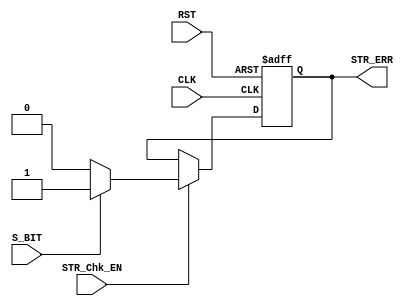
module RX_StartCheck (
 input  wire S_BIT,
 input  wire STR_Chk_EN,
 input  wire CLK,RST,
 output reg  STR_ERR
 );
 localparam START_BIT = 1'b0 ;
 
 always @ (posedge CLK, negedge RST)
  begin
   if(!RST)
    STR_ERR <= 0 ;
   else if(STR_Chk_EN)
    STR_ERR <= (S_BIT==START_BIT)? 0 : 1 ;
  end 

endmodule